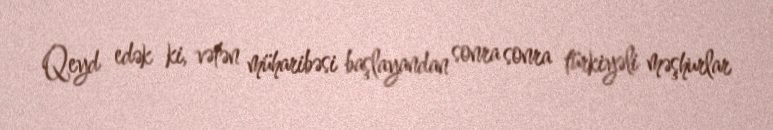
Qeyd edək ki, vətən müharibəsi başlayandan sonra sonra türkiyəli məşhurlar